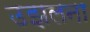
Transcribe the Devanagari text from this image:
उझलना